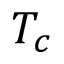
T _ { c }